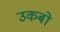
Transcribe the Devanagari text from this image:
उकबो